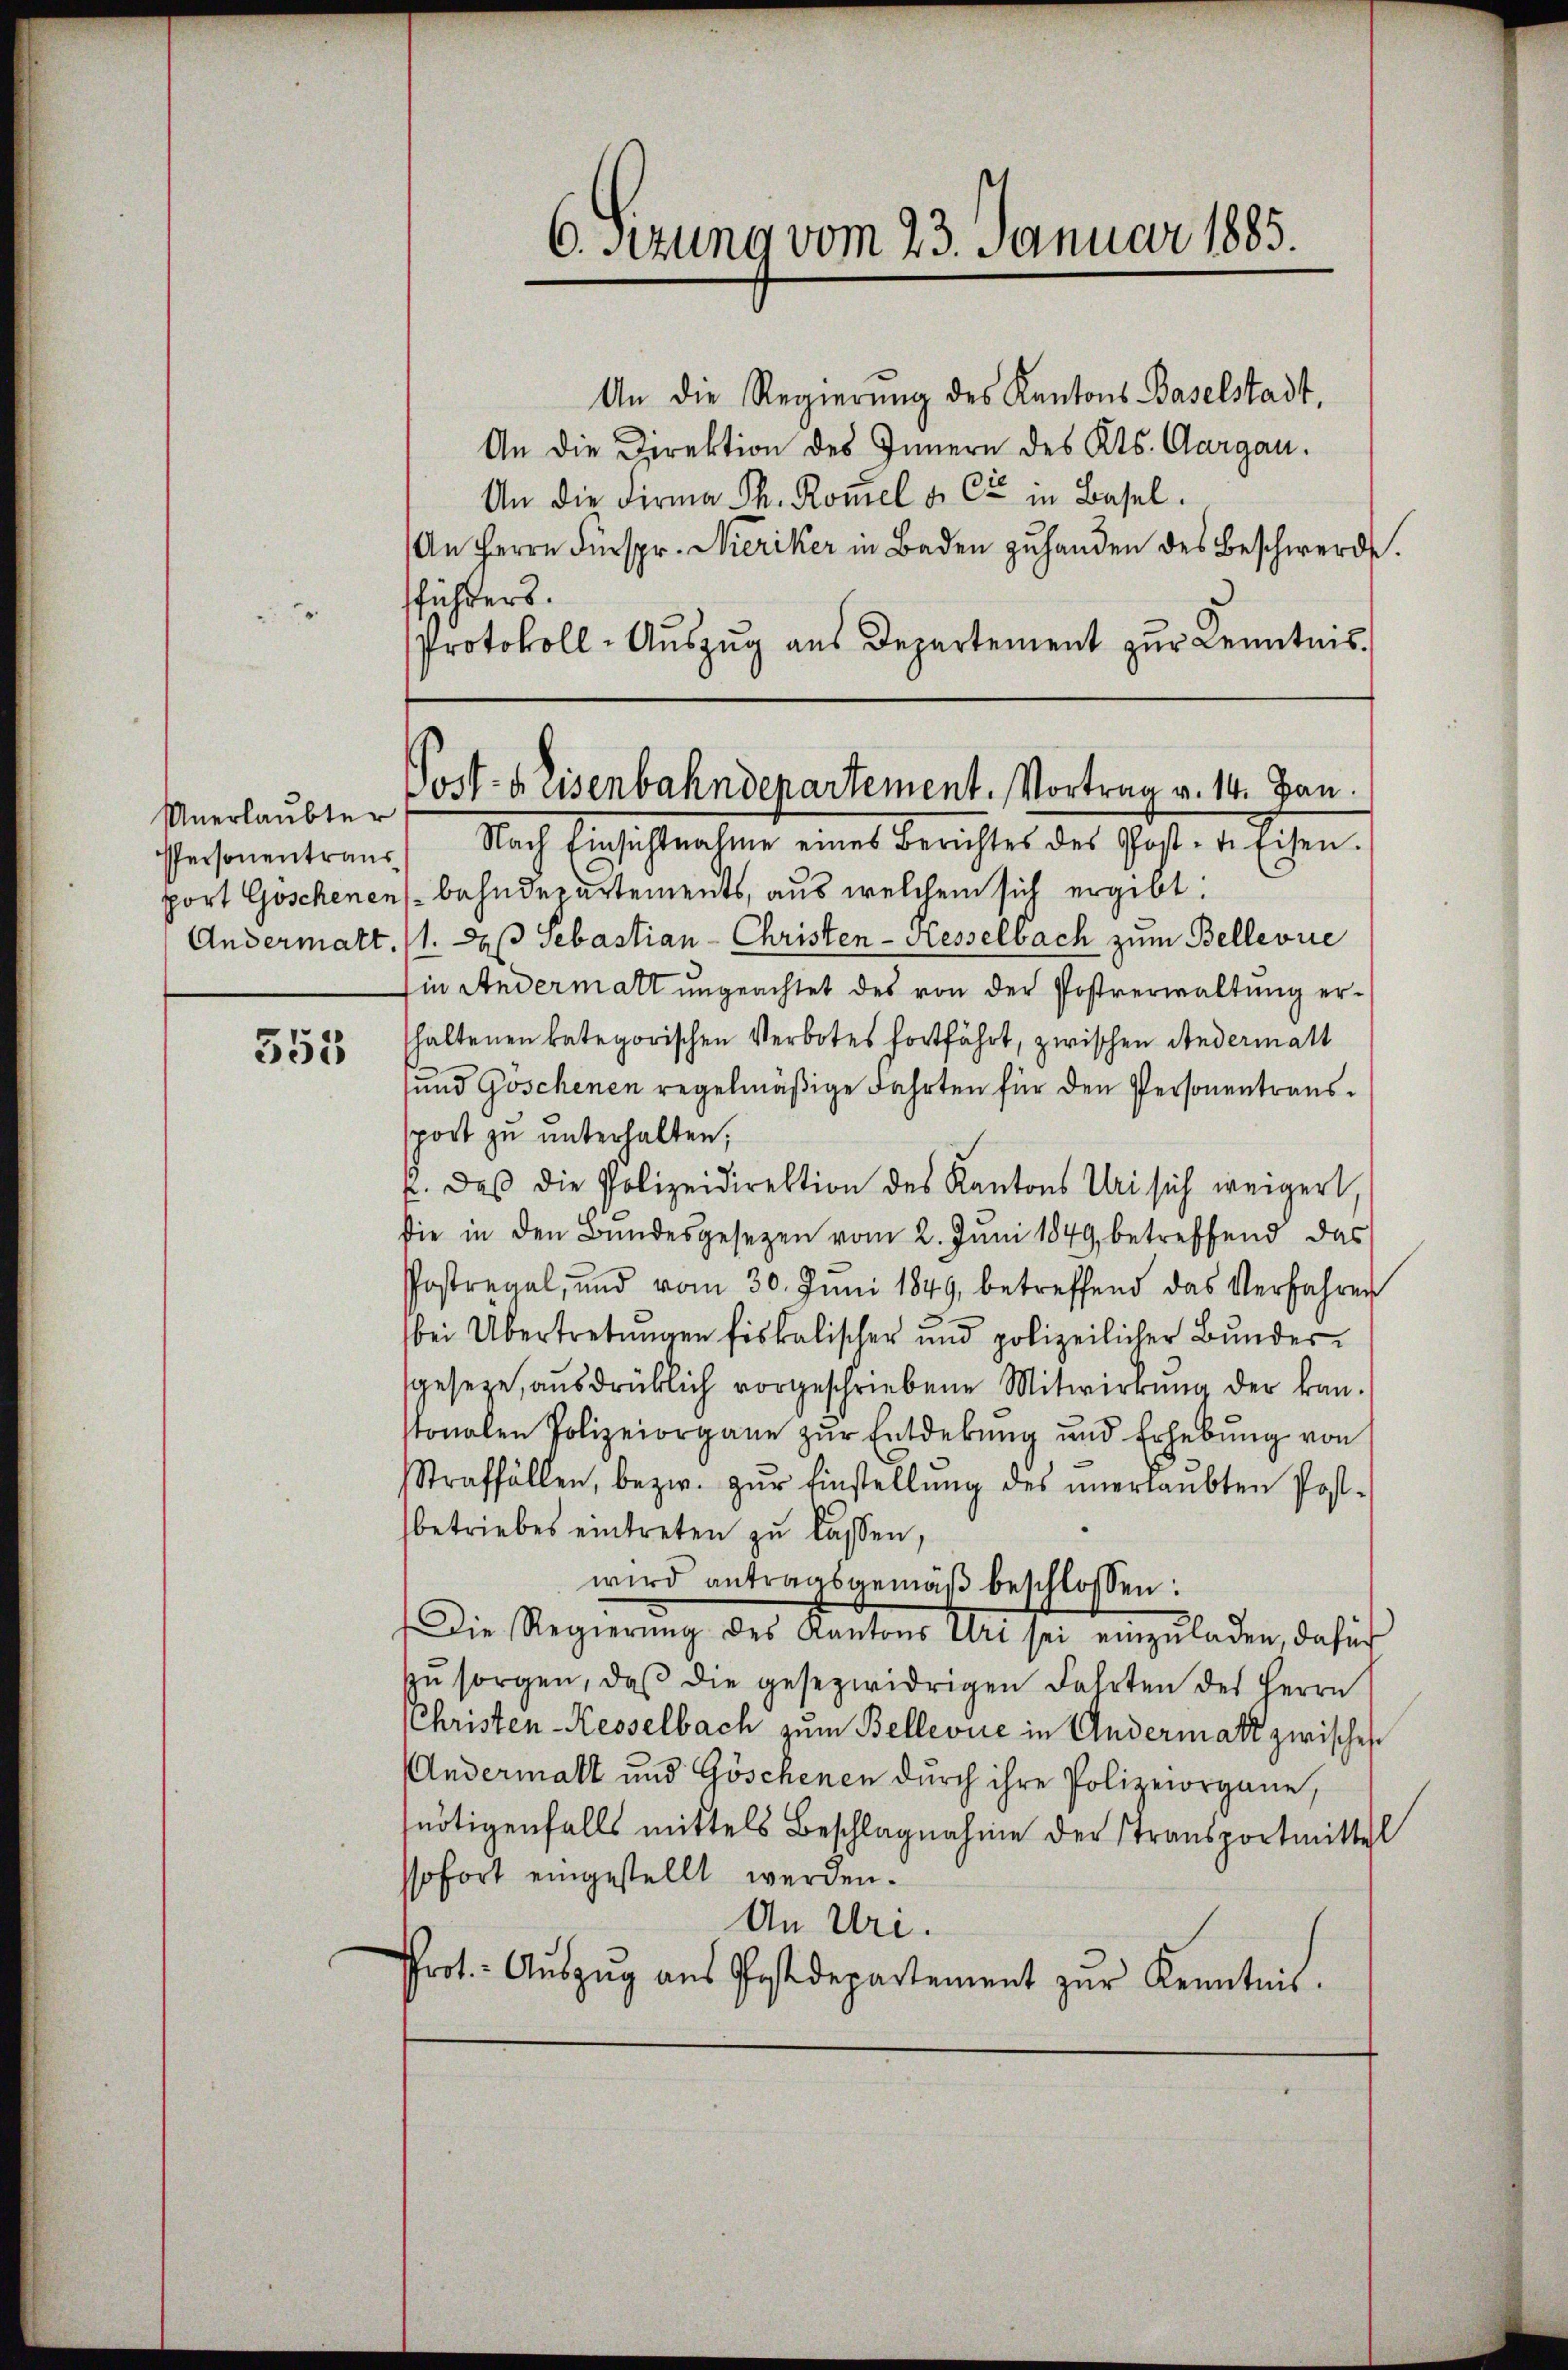
Unerlaubter
PPersonentraus
port Göschenen
Andermatt.

553

6. Sitzung vom 23. Januar 1885.

Post-Rüsenbahndepartement. Vortrag v. 14. Jan.

An die Regierŭng des Kantons Baselstadt,
An die Direktion des Innern des Kts. Aargau.
An die Firma Ph. Romel u. Cie in Basel.
An Herrn Fürspr. Nieriker in Baden zuhanden des Beschwerde.
Pfühlers.
Protokoll-Auszug aus Departement zur Kenntnis.
Nach Einsichtnahme eines Berichtes des Post-te Eisen.
bahndepartements, aus welchem sich ergibt:
1. daß Sebastian - Christen - Hesselbach zum Bellevrie
Ein Andermatt ungeachtet des von der Postverwaltung erhaltenen kategorischen Verbotes fortfährt, zwischen Andermatt
und Goschenen regelmäßige Fahrten für den Personentranssport zu unterhalten;
f. des die Polizeidirektion des Kantons Uri sich weigert,
die in den Bundesgesezen vom 2. Juni 1849 betreffend das
Postregal, und vom 30. Juni 1849 betreffend das Verfahren
bei Übertretungen fiskalischer und polizeilicher Bunder-
geseze, ausdrücklich vorgeschriebene Mitwirkung der kan-
tonalen Polizeiorgane zŭr Entdekŭng und Erhebŭng von
Straffällen, bezw. zŭr Einstellŭng des unerlaŭbten Post-
betriebes eintreten zu lassen,
wird antragsgemäβ beschlossen:
Die Regierŭng des Kantons Uri sei einzŭladen, dafür
zŭ sorgen, daβ die gesezwidrigen Fahrten des Herrn
Christen-Kesselbach zum Bellevue in Andermatt zwisches
Andermatt und Göschenen dŭrch ihre Polizeiorgane,
nötigenfalls mittels Beschlagnahme der Transportmittel
sofort eingestellt werden.
An Uri.
Prot. - Aŭszŭg aŭs Postdepartement zŭr Kenntnis.